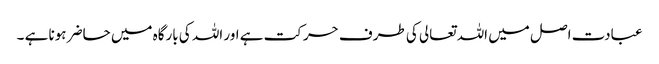
عبادت اصل میں اللہ تعالی کی طرف حرکت ہے اور اللہ کی بارگاہ میں حاضر ہونا ہے ۔